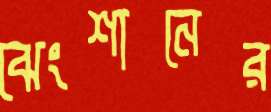
ঝেংশানের